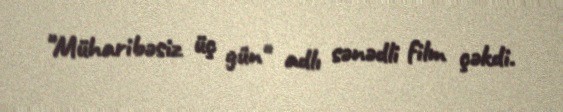
"Müharibəsiz üç gün" adlı sənədli film çəkdi.